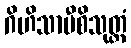
ဂိဟိသာမီစိသုတ္တံ